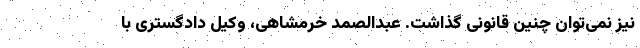
نیز نمی‌توان چنین قانونی گذاشت. عبدالصمد خرمشاهی، وکیل دادگستری با